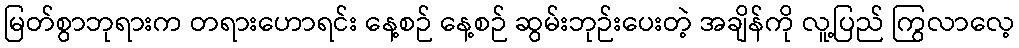
မြတ်စွာဘုရားက တရားဟောရင်း နေ့စဉ် နေ့စဉ် ဆွမ်းဘုဉ်းပေးတဲ့ အချိန်ကို လူ့ပြည် ကြွလာလေ့